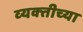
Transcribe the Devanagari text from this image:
व्‍यक्‍तीच्‍या